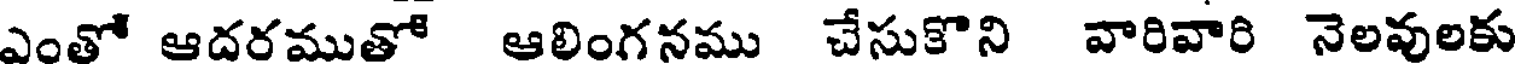
ఎంతో ఆదరముతో ఆలింగనము చేసుకొని వారివారి నెలవులకు